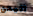
اليمن